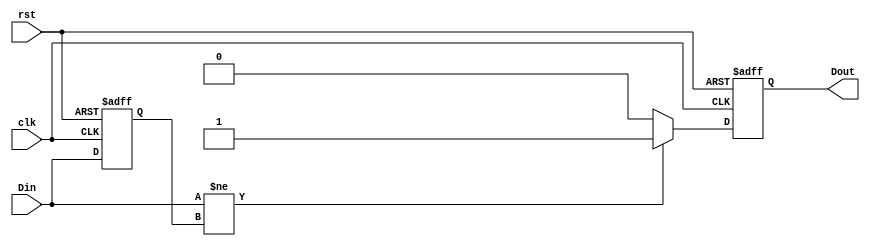
module edge_detector (
    input wire clk,          // Clock input
    input wire rst,          // Asynchronous reset
    input wire Din,          // Current input signal
    output reg Dout          // Output signal indicating edge detection
);

    // Memory block to store the previous state of the input signal
    reg prev_state;

    // Edge detection logic
    always @(posedge clk or posedge rst) begin
        if (rst) begin
            // Initialize memory block and output on reset
            prev_state <= 1'b0;
            Dout <= 1'b0;
        end else begin
            // Compare current input with the previous state
            if (Din != prev_state) begin
                // Edge detected
                Dout <= 1'b1;
            end else begin
                // No edge detected
                Dout <= 1'b0;
            end
            
            // Update the memory block with the current input
            prev_state <= Din;
        end
    end

endmodule